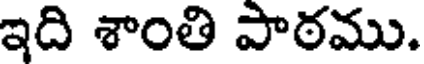
ఇది శాంతి పాఠము.